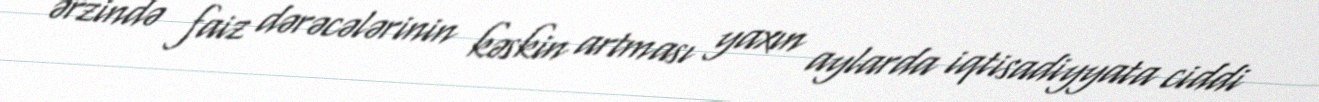
ərzində faiz dərəcələrinin kəskin artması yaxın aylarda iqtisadiyyata ciddi